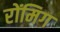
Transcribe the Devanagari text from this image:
रोंमिग